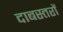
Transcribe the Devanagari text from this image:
दाबस्तरों